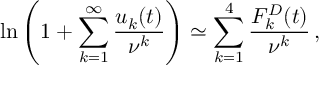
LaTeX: \ln \left( 1 + \sum _ { k = 1 } ^ { \infty } \frac { u _ { k } ( t ) } { \nu ^ { k } } \right) \simeq \sum _ { k = 1 } ^ { 4 } \frac { F _ { k } ^ { D } ( t ) } { \nu ^ { k } } \, { , }